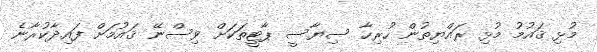
މުޅި ޤައުމު މުޅި ރައްޔިތުން ހުރިހާ ސިޔާސީ ޕާޓީތަކަށް ވިސްނޭ ޤައުމަށް ފައިދާކުރާނެ